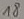
Text: 18